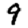
Digit: 9